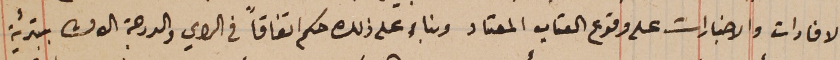
الافادات والاخبارات على وقوع العتاب المعتاد وبناء على ذلك حكم اتفاقاً في الراي والدىجة الاولى بتبرئه